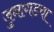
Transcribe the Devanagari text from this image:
जुनागडचा